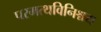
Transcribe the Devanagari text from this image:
परमत्थविनिश्चय